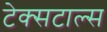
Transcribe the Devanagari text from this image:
टेक्सटाल्स